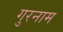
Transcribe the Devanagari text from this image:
गुरनाम